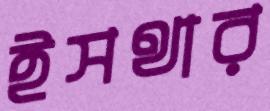
ইসথার